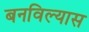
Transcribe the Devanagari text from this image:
बनविल्यास